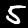
Label: 5